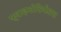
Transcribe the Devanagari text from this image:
फ्राइनोसिफेलस